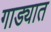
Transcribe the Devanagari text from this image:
गाड्यात